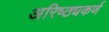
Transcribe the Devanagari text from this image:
अरिष्ठ्यकर्ण